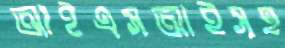
আইএসআইসহ